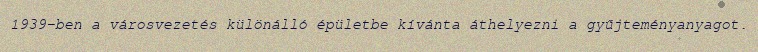
1939-ben a városvezetés különálló épületbe kívánta áthelyezni a gyűjteményanyagot.